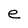
Character: e